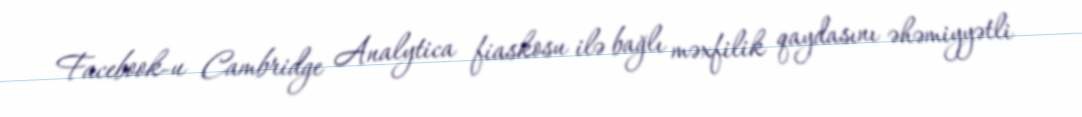
Facebook-u Cambridge Analytica fiaskosu ilə bağlı məxfilik qaydasını əhəmiyyətli